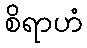
စိရာဟံ